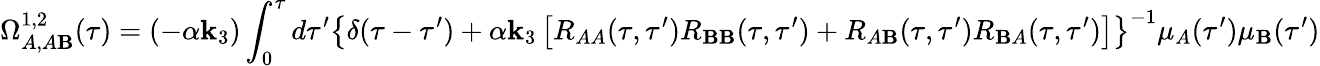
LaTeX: \Omega_{A,A\mathbf{B}}^{1,2}(\tau)=(-\alpha\mathbf{k}_{3})\int_{0}^{\tau}d\tau^{\prime}\left\{ \delta(\tau-\tau^{\prime})+\alpha\mathbf{k}_{3}\left[R_{AA}(\tau,\tau^{\prime})R_{\mathbf{B}\mathbf{B}}(\tau,\tau^{\prime})+R_{A\mathbf{B}}(\tau,\tau^{\prime})R_{\mathbf{B}A}(\tau,\tau^{\prime})\right]\right\} ^{-1}\mu_{A}(\tau^{\prime})\mu_{\mathbf{B}}(\tau^{\prime})